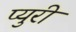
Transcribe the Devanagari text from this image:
प्युरी